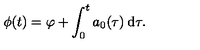
\phi ( t ) = \varphi + \int _ { 0 } ^ { t } a _ { 0 } ( \tau ) \: \mathrm { d } \tau .